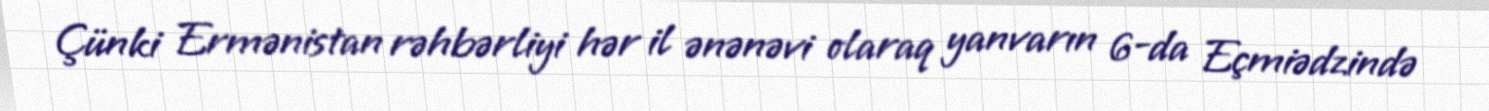
Çünki Ermənistan rəhbərliyi hər il ənənəvi olaraq yanvarın 6-da Eçmiədzində